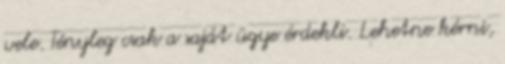
vele. Tényleg csak a saját ügye érdekli. Lehetne kérni,